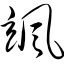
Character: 飒